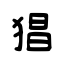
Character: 猖